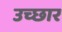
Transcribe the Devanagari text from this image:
उच्छार